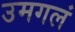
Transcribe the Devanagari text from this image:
उमगलं